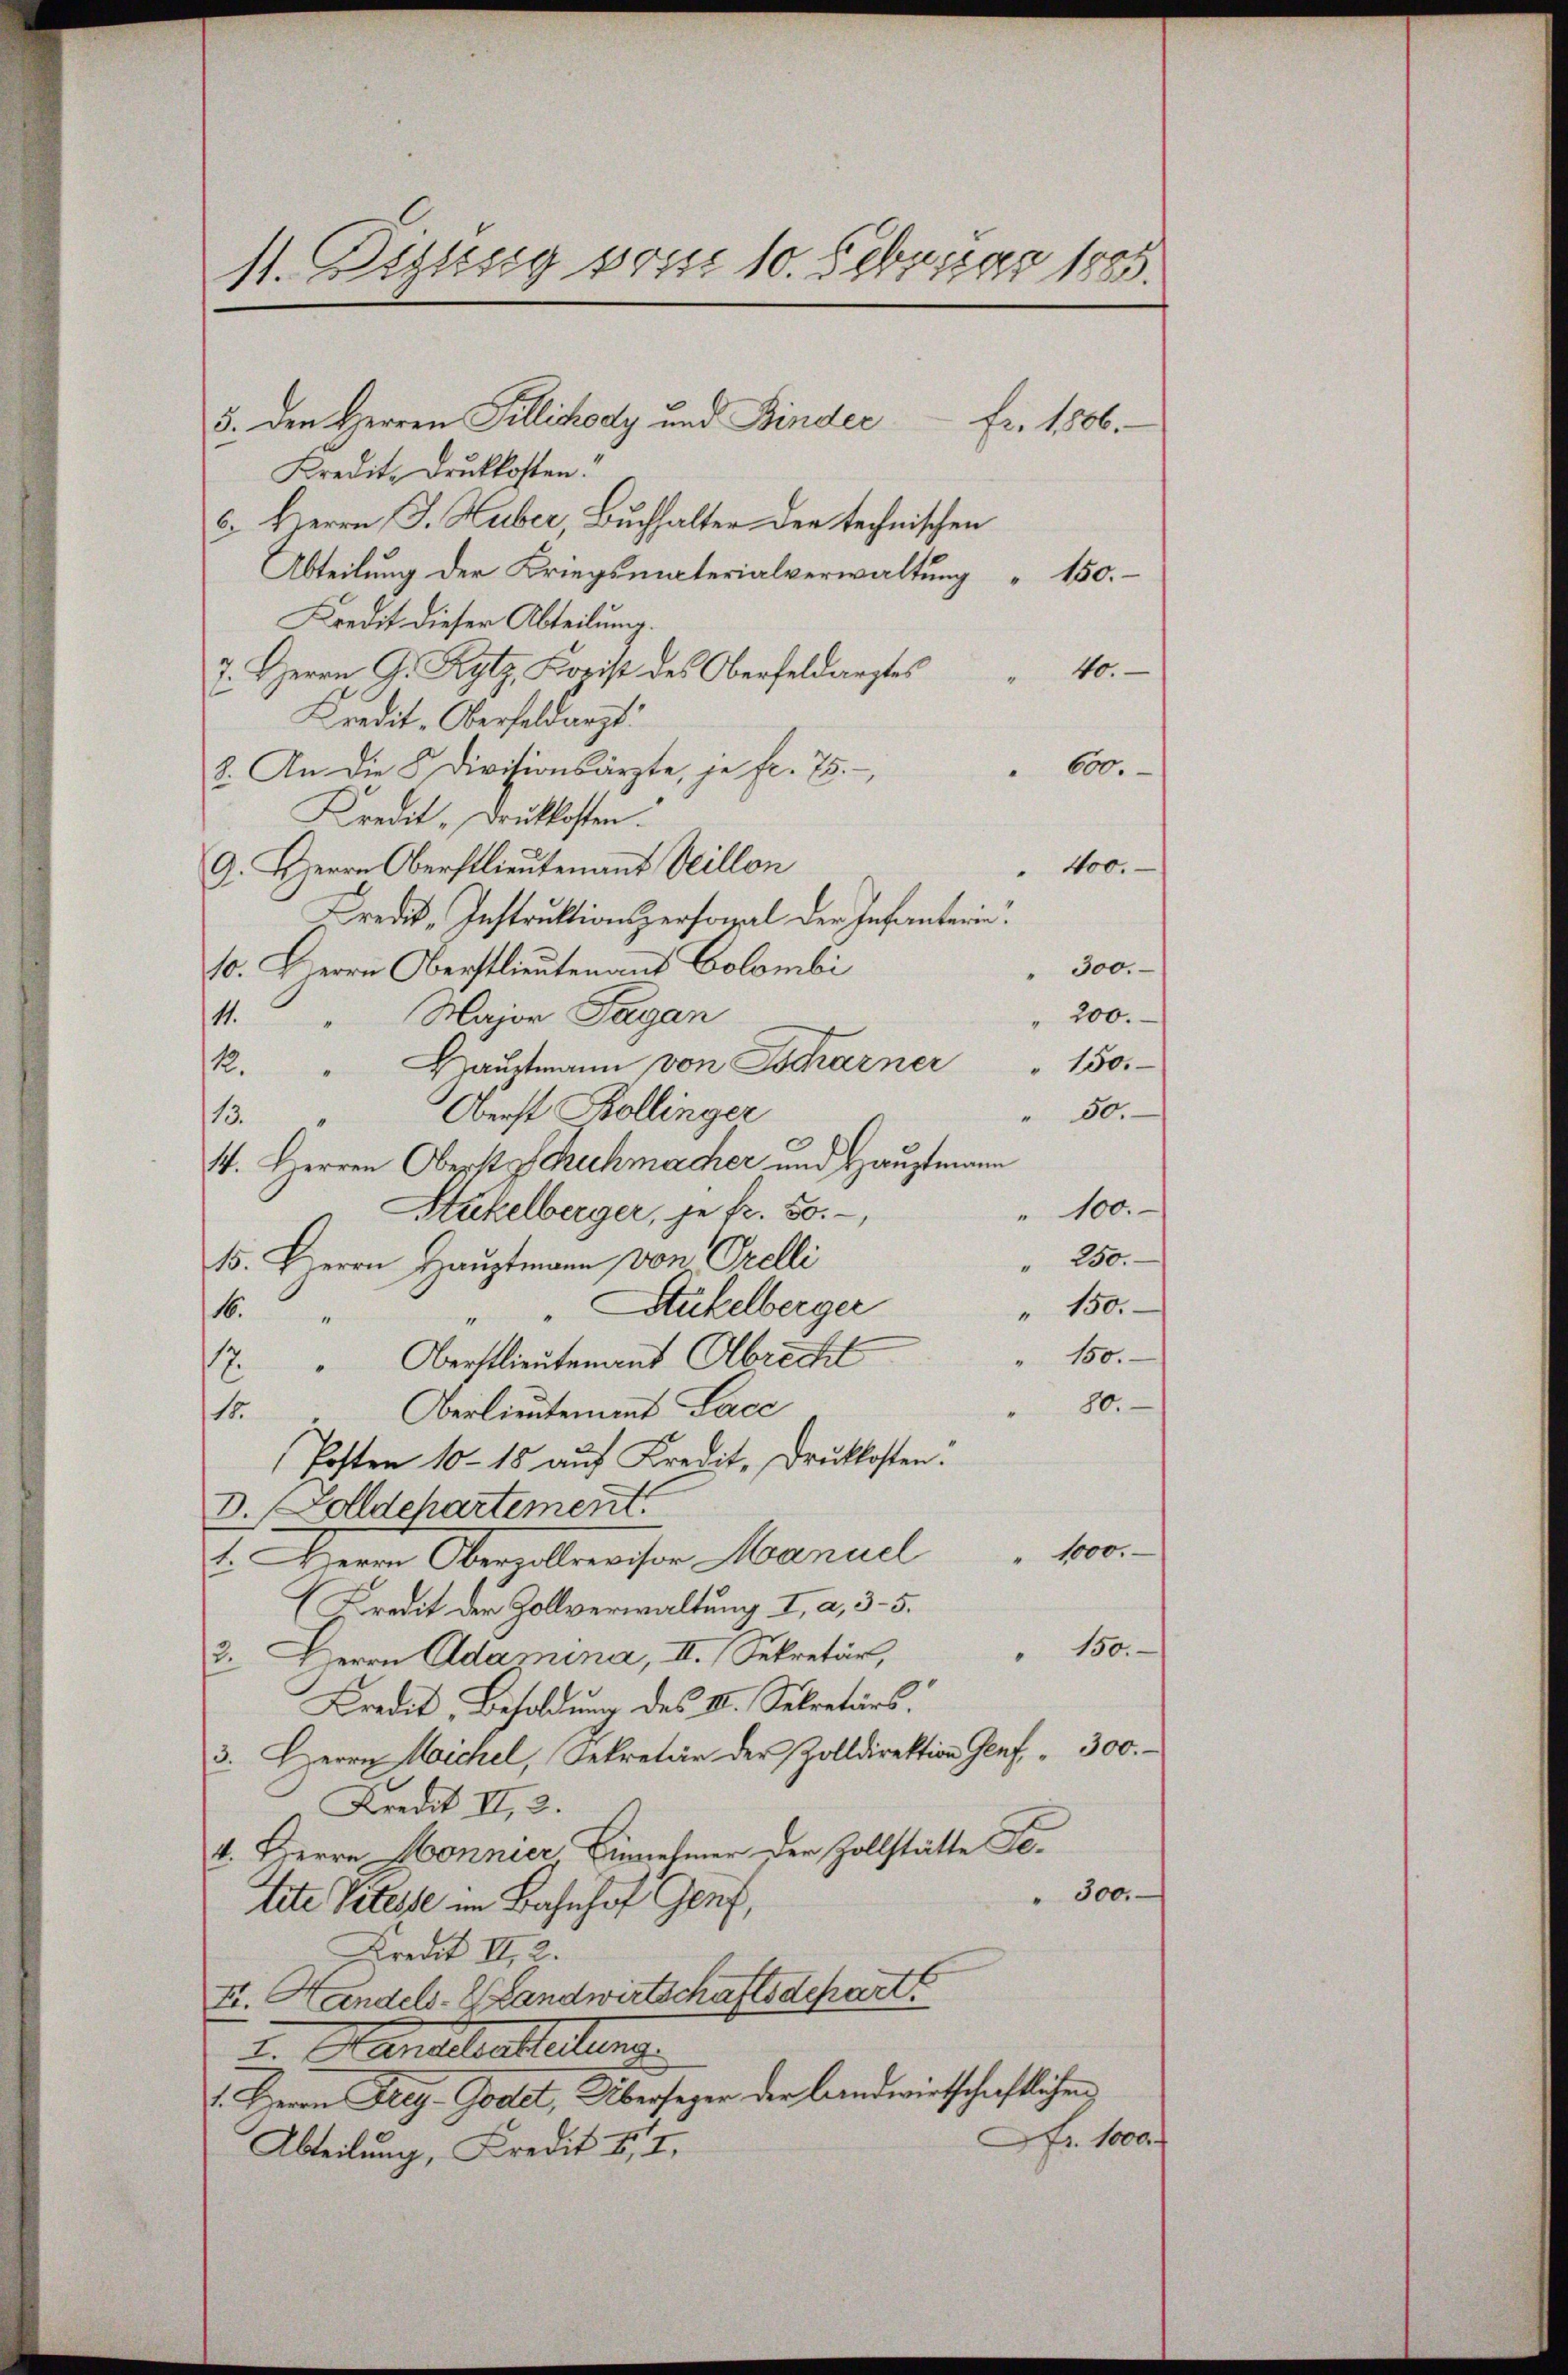
11. Btzlesig vom 10. Februar 1885.

5. den Herren Tillichody und Binder
Fr. 1806.
Kredit. Druckkosten!
6. Herrn J. Huber, Buchhalter der technischen
Abteilung der Kriegsmaterialverwaltung
150.
Kredit dieser Abteilung.
10.
7. Herrn G. Kytz, Korist des Oberfeldarztes
Kredit-Oberfeldarzt.
600.
8. An die 5 Divisionsärzte, je fr. 75.
Kredit-Druckkosten.
" 400.
9. Herrn Oberstlieutenant Veillon
Predit-Instruktionspersonal der Infanterin
10. HHerrn Oberstlieutenant Colombi
300.
200.
Major Tagan
11.
150.
Hauptmann von Tscharner
1.
50.
Oberst Kollinger
13.
14. Herren Oberst Schechmacher und Hauptmann
" 100.
Stikelberger, je fr. 50.
" 250.
15. Herrn Hauptmann von Orelli
Stukelberger
" 150.
16.
150.
12 " Oberstlieutenant Albrecht
80.
Oberlieutenant Lace
16
Posten 10 - 15 auf Kredit, Drucklosten.
D. Zolldehartement.
1000.
1. Herrn Oberalleichen Manuel
(Kredit der Zollverwaltung I, a, 35.
150.
2. Herrn Adamina, II. Sekretär,
Kredit, Besoldung des II. Sekretärs.
3. Herrn Wichel, Sekretär der Zolldirektion Genf " 300.
Kredit II, 2.
1. Herrn Honnier Einnehmer der Zollstätte Ge-
" 300.
tite Vitesse im Bahnhof Genf,
Kredit II, 2.
II. Handels- Landwirtschaftsdepart
I. Handelaltetung
1. Herrn Drey-Godet, Übersagen der landwirtschaftlichen
Fr. 1000 f
Abteilung, Kredit II.